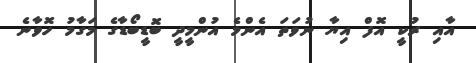
އާއި ރުކީ އޮފް އިޔާ ނުވަތަ އެންމެ އުންމީދީ ބޮޑީބޯޑާގެ މަގާމު ހޮވާނެ